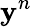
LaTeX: \mathbf{y}^{n}